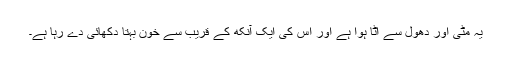
یہ مٹی اور دھول سے اٹا ہوا ہے اور اس کی ایک آنکھ کے قریب سے خون بہتا دکھائی دے رہا ہے۔